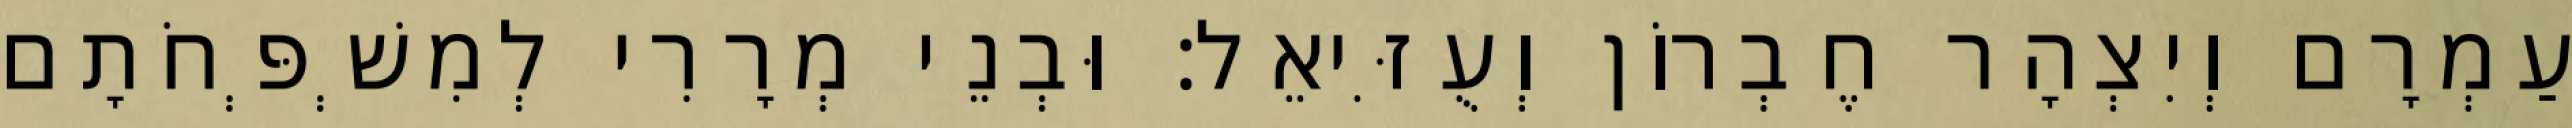
עַמְרָם וְיִצְהָר חֶבְרוֹן וְעֻזִּיאֵל׃ וּבְנֵי מְרָרִי לְמִשְׁפְּחֹתָם